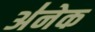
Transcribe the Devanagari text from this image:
अ॑नेक